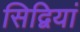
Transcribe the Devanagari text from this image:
सिद्वियां